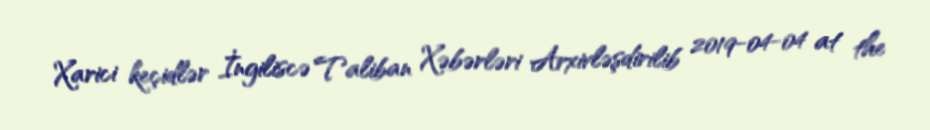
Xarici keçidlər İngiliscə Taliban Xəbərləri Arxivləşdirilib 2019-04-04 at the